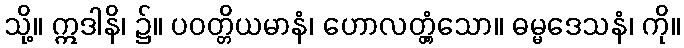
သို့။ ဣဒါနိ၊ ၌။ ပဝတ္တိယမာနံ၊ ဟောလတ္တံ့သော။ ဓမ္မဒေသနံ၊ ကို။